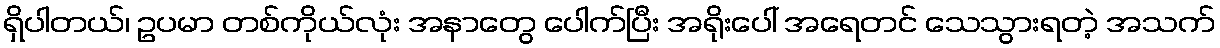
ရှိပါတယ်၊ ဥပမာ တစ်ကိုယ်လုံး အနာတွေ ပေါက်ပြီး အရိုးပေါ် အရေတင် သေသွားရတဲ့ အသက်